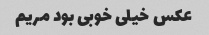
عکس خیلی خوبی بود مریم